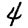
Digit: 4